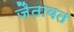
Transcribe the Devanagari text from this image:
जैतावत